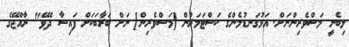
ލިބެނީ މަސްވެރިންނަށް. އަޅުގަނޑުމެންގެ ކަސްޓަމަރުން [މަސްވެރިން] ނަށް ބަރާބަކަށް ފައިސާ ދެވޭ" ރާއްޖޭގެ